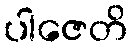
ပါဇေတိ